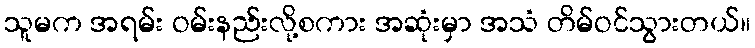
သူမက အရမ်း ဝမ်းနည်းလို့စကား အဆုံးမှာ အသံ တိမ်ဝင်သွားတယ်။